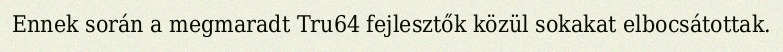
Ennek során a megmaradt Tru64 fejlesztők közül sokakat elbocsátottak.